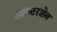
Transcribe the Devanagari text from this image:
आफ्टरशेव